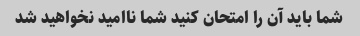
شما باید آن را امتحان کنید شما ناامید نخواهید شد